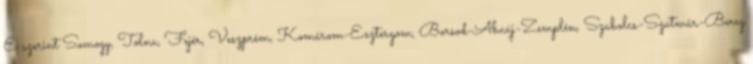
E szerint Somogy, Tolna, Fejér, Veszprém, Komárom-Esztergom, Borsod-Abaúj-Zemplén, Szabolcs-Szatmár-Bereg